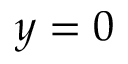
y = 0